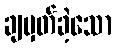
ချမှတ်ခဲ့သော